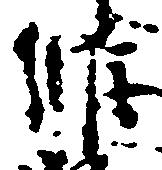
維